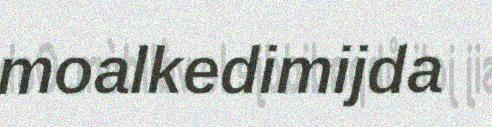
moalkedimijda